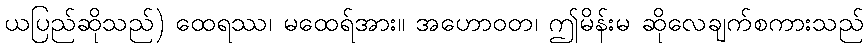
ယပြည်ဆိုသည်) ထေရဿ၊ မထေရ်အား။ အဟောဝတ၊ ဤမိန်းမ ဆိုလေချက်စကားသည်